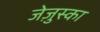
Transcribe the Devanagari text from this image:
जेज़ुस्का